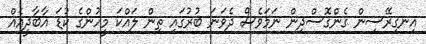
އިނގިރޭސިން ގެންގޮސްދިން ނަމަވެސް ދެވަނަ ބުރުގައި ތިން ލައްކަ މީހުންގެ ކުޑަ އާބާދީއެއް